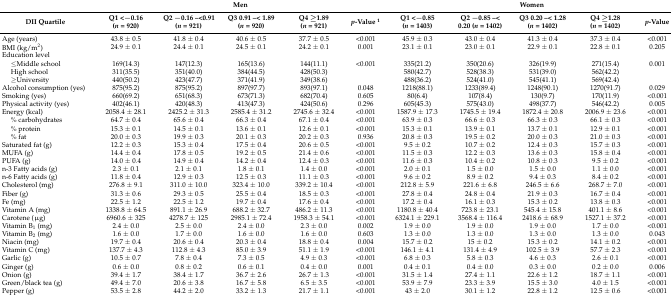
<table><thead><tr><td></td><td colspan="5"><b>Men</b></td><td colspan="5"><b>Women</b></td></tr><tr><td><b>DII Quartile</b></td><td><b>Q1 &lt;−0.16 (<i>n</i> = 920)</b></td><td><b>Q2 −0.16 –&lt;0.91 (<i>n</i> = 921)</b></td><td><b>Q3 0.91 –&lt; 1.89 (<i>n</i> = 920)</b></td><td><b>Q4 ≥1.89 (<i>n</i> = 921)</b></td><td><b><i>p</i>-Value <sup>1</sup></b></td><td><b>Q1 &lt;−0.85 (<i>n</i> = 1403)</b></td><td><b>Q2 −0.85 –&lt; 0.20 (<i>n</i> = 1402)</b></td><td><b>Q3 0.20 –&lt; 1.28 (<i>n</i> = 1402)</b></td><td><b>Q4 ≥1.28 (<i>n</i> = 1402)</b></td><td><b><i>p</i>-Value</b></td></tr></thead><tbody><tr><td>Age (years)</td><td>43.8 ± 0.5</td><td>41.8 ± 0.4</td><td>40.6 ± 0.5</td><td>37.7 ± 0.5</td><td>&lt;0.001</td><td>45.9 ± 0.3</td><td>43.0 ± 0.4</td><td>41.3 ± 0.4</td><td>37.3 ± 0.4</td><td>&lt;0.001</td></tr><tr><td>BMI (kg/m<sup>2</sup>)</td><td>24.9 ± 0.1</td><td>24.4 ± 0.1</td><td>24.5 ± 0.1</td><td>24.2 ± 0.1</td><td>0.001</td><td>23.1 ± 0.1</td><td>23.0 ± 0.1</td><td>22.9 ± 0.1</td><td>22.8 ± 0.1</td><td>0.205</td></tr><tr><td>Education level</td><td></td><td></td><td></td><td></td><td></td><td></td><td></td><td></td><td></td><td></td></tr><tr><td>≤Middle school</td><td>169(14.3)</td><td>147(12.3)</td><td>165(13.6)</td><td>144(11.1)</td><td>&lt;0.001</td><td>335(21.2)</td><td>350(20.6)</td><td>326(19.9)</td><td>271(15.4)</td><td>0.001</td></tr><tr><td>High school</td><td>311(35.5)</td><td>351(40.0)</td><td>384(44.5)</td><td>428(50.3)</td><td></td><td>580(42.7)</td><td>528(38.3)</td><td>531(39.0)</td><td>562(42.2)</td><td></td></tr><tr><td>≥University</td><td>440(50.2)</td><td>423(47.7)</td><td>371(41.9)</td><td>349(38.6)</td><td></td><td>488(36.2)</td><td>524(41.0)</td><td>545(41.1)</td><td>569(42.4)</td><td></td></tr><tr><td>Alcohol consumption (yes)</td><td>875(95.2)</td><td>875(95.2)</td><td>897(97.7)</td><td>893(97.1)</td><td>0.048</td><td>1218(88.1)</td><td>1233(89.4)</td><td>1248(90.1)</td><td>1270(91.7)</td><td>0.029</td></tr><tr><td>Smoking (yes)</td><td>660(69.2)</td><td>651(68.3)</td><td>673(71.3)</td><td>682(70.4)</td><td>0.605</td><td>80(6.4)</td><td>107(8.4)</td><td>130(9.7)</td><td>170(11.9)</td><td>&lt;0.001</td></tr><tr><td>Physical activity (yes)</td><td>402(46.1)</td><td>420(48.3)</td><td>413(47.3)</td><td>424(50.6)</td><td>0.296</td><td>605(45.3)</td><td>575(43.0)</td><td>498(37.7)</td><td>546(42.2)</td><td>0.005</td></tr><tr><td>Energy (kcal)</td><td>2058.4 ± 28.1</td><td>2425.2 ± 31.3</td><td>2585.4 ± 31.2</td><td>2745.6 ± 32.4</td><td>&lt;0.001</td><td>1587.9 ± 17.3</td><td>1745.5 ± 19.4</td><td>1872.4 ± 20.8</td><td>2006.9 ± 23.6</td><td>&lt;0.001</td></tr><tr><td>% carbohydrates</td><td>64.7 ± 0.4</td><td>65.6 ± 0.4</td><td>66.3 ± 0.4</td><td>67.1 ± 0.4</td><td>&lt;0.001</td><td>63.9 ± 0.3</td><td>66.6 ± 0.3</td><td>66.3 ± 0.3</td><td>66.1 ± 0.3</td><td>&lt;0.001</td></tr><tr><td>% protein</td><td>15.3 ± 0.1</td><td>14.5 ± 0.1</td><td>13.6 ± 0.1</td><td>12.6 ± 0.1</td><td>&lt;0.001</td><td>15.3 ± 0.1</td><td>13.9 ± 0.1</td><td>13.7 ± 0.1</td><td>12.9 ± 0.1</td><td>&lt;0.001</td></tr><tr><td>% fat</td><td>20.0 ± 0.3</td><td>19.9 ± 0.3</td><td>20.1 ± 0.3</td><td>20.2 ± 0.3</td><td>0.936</td><td>20.8 ± 0.3</td><td>19.5 ± 0.2</td><td>20.0 ± 0.3</td><td>21.0 ± 0.3</td><td>&lt;0.001</td></tr><tr><td>Saturated fat (g)</td><td>12.2 ± 0.3</td><td>15.3 ± 0.4</td><td>17.5 ± 0.4</td><td>20.6 ± 0.5</td><td>&lt;0.001</td><td>9.5 ± 0.2</td><td>10.7 ± 0.2</td><td>12.4 ± 0.3</td><td>15.7 ± 0.3</td><td>&lt;0.001</td></tr><tr><td>MUFA (g)</td><td>14.4 ± 0.4</td><td>17.8 ± 0.5</td><td>19.2 ± 0.5</td><td>21.4 ± 0.6</td><td>&lt;0.001</td><td>11.5 ± 0.3</td><td>12.2 ± 0.3</td><td>13.6 ± 0.3</td><td>15.8 ± 0.4</td><td>&lt;0.001</td></tr><tr><td>PUFA (g)</td><td>14.0 ± 0.4</td><td>14.9 ± 0.4</td><td>14.2 ± 0.4</td><td>12.4 ± 0.3</td><td>&lt;0.001</td><td>11.6 ± 0.3</td><td>10.4 ± 0.2</td><td>10.8 ± 0.3</td><td>9.5 ± 0.2</td><td>&lt;0.001</td></tr><tr><td>n-3 Fatty acids (g)</td><td>2.3 ± 0.1</td><td>2.1 ± 0.1</td><td>1.8 ± 0.1</td><td>1.4 ± 0.0</td><td>&lt;0.001</td><td>2.0 ± 0.1</td><td>1.5 ± 0.0</td><td>1.5 ± 0.0</td><td>1.1 ± 0.0</td><td>&lt;0.001</td></tr><tr><td>n-6 Fatty acids (g)</td><td>11.8 ± 0.4</td><td>12.9 ± 0.3</td><td>12.5 ± 0.3</td><td>11.1 ± 0.3</td><td>&lt;0.001</td><td>9.6 ± 0.2</td><td>8.9 ± 0.2</td><td>9.4 ± 0.3</td><td>8.4 ± 0.2</td><td>&lt;0.001</td></tr><tr><td>Cholesterol (mg)</td><td>276.8 ± 9.1</td><td>311.0 ± 10.0</td><td>323.4 ± 10.0</td><td>339.2 ± 10.4</td><td>&lt;0.001</td><td>212.8 ± 5.9</td><td>221.6 ± 6.8</td><td>246.5 ± 6.6</td><td>268.7 ± 7.0</td><td>&lt;0.001</td></tr><tr><td>Fiber (g)</td><td>31.3 ± 0.6</td><td>29.3 ± 0.5</td><td>25.5 ± 0.4</td><td>18.5 ± 0.3</td><td>&lt;0.001</td><td>27.8 ± 0.4</td><td>24.8 ± 0.4</td><td>21.9 ± 0.3</td><td>16.7 ± 0.4</td><td>&lt;0.001</td></tr><tr><td>Fe (mg)</td><td>22.5 ± 1.2</td><td>22.5 ± 1.2</td><td>19.7 ± 0.4</td><td>17.6 ± 0.4</td><td>&lt;0.001</td><td>17.2 ± 0.4</td><td>16.1 ± 0.3</td><td>15.3 ± 0.2</td><td>13.8 ± 0.3</td><td>&lt;0.001</td></tr><tr><td>Vitamin A (mg)</td><td>1338.8 ± 64.5</td><td>891.1 ± 26.9</td><td>688.2 ± 32.7</td><td>486.2 ± 11.3</td><td>&lt;0.001</td><td>1180.8 ± 40.4</td><td>723.8 ± 23.1</td><td>545.4 ± 15.8</td><td>401.1 ± 8.6</td><td>&lt;0.001</td></tr><tr><td>Carotene (μg)</td><td>6960.6 ± 325</td><td>4278.7 ± 125</td><td>2985.1 ± 72.4</td><td>1958.3 ± 54.1</td><td>&lt;0.001</td><td>6324.1 ± 229.1</td><td>3568.4 ± 116.4</td><td>2418.6 ± 68.9</td><td>1527.1 ± 37.2</td><td>&lt;0.001</td></tr><tr><td>Vitamin B<sub>1</sub> (mg)</td><td>2.4 ± 0.0</td><td>2.5 ± 0.0</td><td>2.4 ± 0.0</td><td>2.3 ± 0.0</td><td>0.002</td><td>1.9 ± 0.0</td><td>1.9 ± 0.0</td><td>1.9 ± 0.0</td><td>1.7 ± 0.0</td><td>&lt;0.001</td></tr><tr><td>Vitamin B<sub>2</sub> (mg)</td><td>1.6 ± 0.0</td><td>1.7 ± 0.0</td><td>1.6 ± 0.0</td><td>1.6 ± 0.0</td><td>0.603</td><td>1.3 ± 0.0</td><td>1.3 ± 0.0</td><td>1.3 ± 0.0</td><td>1.3 ± 0.0</td><td>0.043</td></tr><tr><td>Niacin (mg)</td><td>19.7 ± 0.4</td><td>20.6 ± 0.4</td><td>20.3 ± 0.4</td><td>18.8 ± 0.4</td><td>0.004</td><td>15.7 ± 0.2</td><td>15 ± 0.2</td><td>15.3 ± 0.2</td><td>14.1 ± 0.2</td><td>&lt;0.001</td></tr><tr><td>Vitamin C (mg)</td><td>137.7 ± 4.3</td><td>112.8 ± 4.3</td><td>85.0 ± 3.9</td><td>51.1 ± 1.9</td><td>&lt;0.001</td><td>146.1 ± 4.1</td><td>131.4 ± 4.9</td><td>102.5 ± 3.9</td><td>57.7 ± 2.3</td><td>&lt;0.001</td></tr><tr><td>Garlic (g)</td><td>10.5 ± 0.7</td><td>7.8 ± 0.4</td><td>7.3 ± 0.5</td><td>4.9 ± 0.3</td><td>&lt;0.001</td><td>6.8 ± 0.3</td><td>5.8 ± 0.3</td><td>4.6 ± 0.3</td><td>2.6 ± 0.1</td><td>&lt;0.001</td></tr><tr><td>Ginger (g)</td><td>0.6 ± 0.0</td><td>0.8 ± 0.2</td><td>0.6 ± 0.1</td><td>0.4 ± 0.0</td><td>0.001</td><td>0.4 ± 0.1</td><td>0.4 ± 0.0</td><td>0.3 ± 0.0</td><td>0.2 ± 0.0</td><td>0.006</td></tr><tr><td>Onion (g)</td><td>39.4 ± 1.7</td><td>38.4 ± 1.7</td><td>36.7 ± 2.6</td><td>26.7 ± 1.3</td><td>&lt;0.001</td><td>31.5 ± 1.4</td><td>27.4 ± 1.1</td><td>22.6 ± 1.2</td><td>18.7 ± 1.1</td><td>&lt;0.001</td></tr><tr><td>Green/black tea (g)</td><td>49.4 ± 7.0</td><td>20.6 ± 3.8</td><td>16.7 ± 5.8</td><td>6.5 ± 3.5</td><td>&lt;0.001</td><td>53.9 ± 7.9</td><td>23.3 ± 3.9</td><td>15.5 ± 3.0</td><td>4.0 ± 1.5</td><td>&lt;0.001</td></tr><tr><td>Pepper (g)</td><td>53.5 ± 2.8</td><td>44.2 ± 2.0</td><td>33.2 ± 1.3</td><td>21.7 ± 1.1</td><td>&lt;0.001</td><td>43 ± 2.0</td><td>30.1 ± 1.2</td><td>22.8 ± 1.2</td><td>12.5 ± 0.6</td><td>&lt;0.001</td></tr></tbody></table>